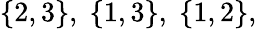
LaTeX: \{ 2,3\} ,\; \{ 1,3\} ,\; \{ 1,2\} ,